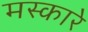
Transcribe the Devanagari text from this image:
मस्कारे